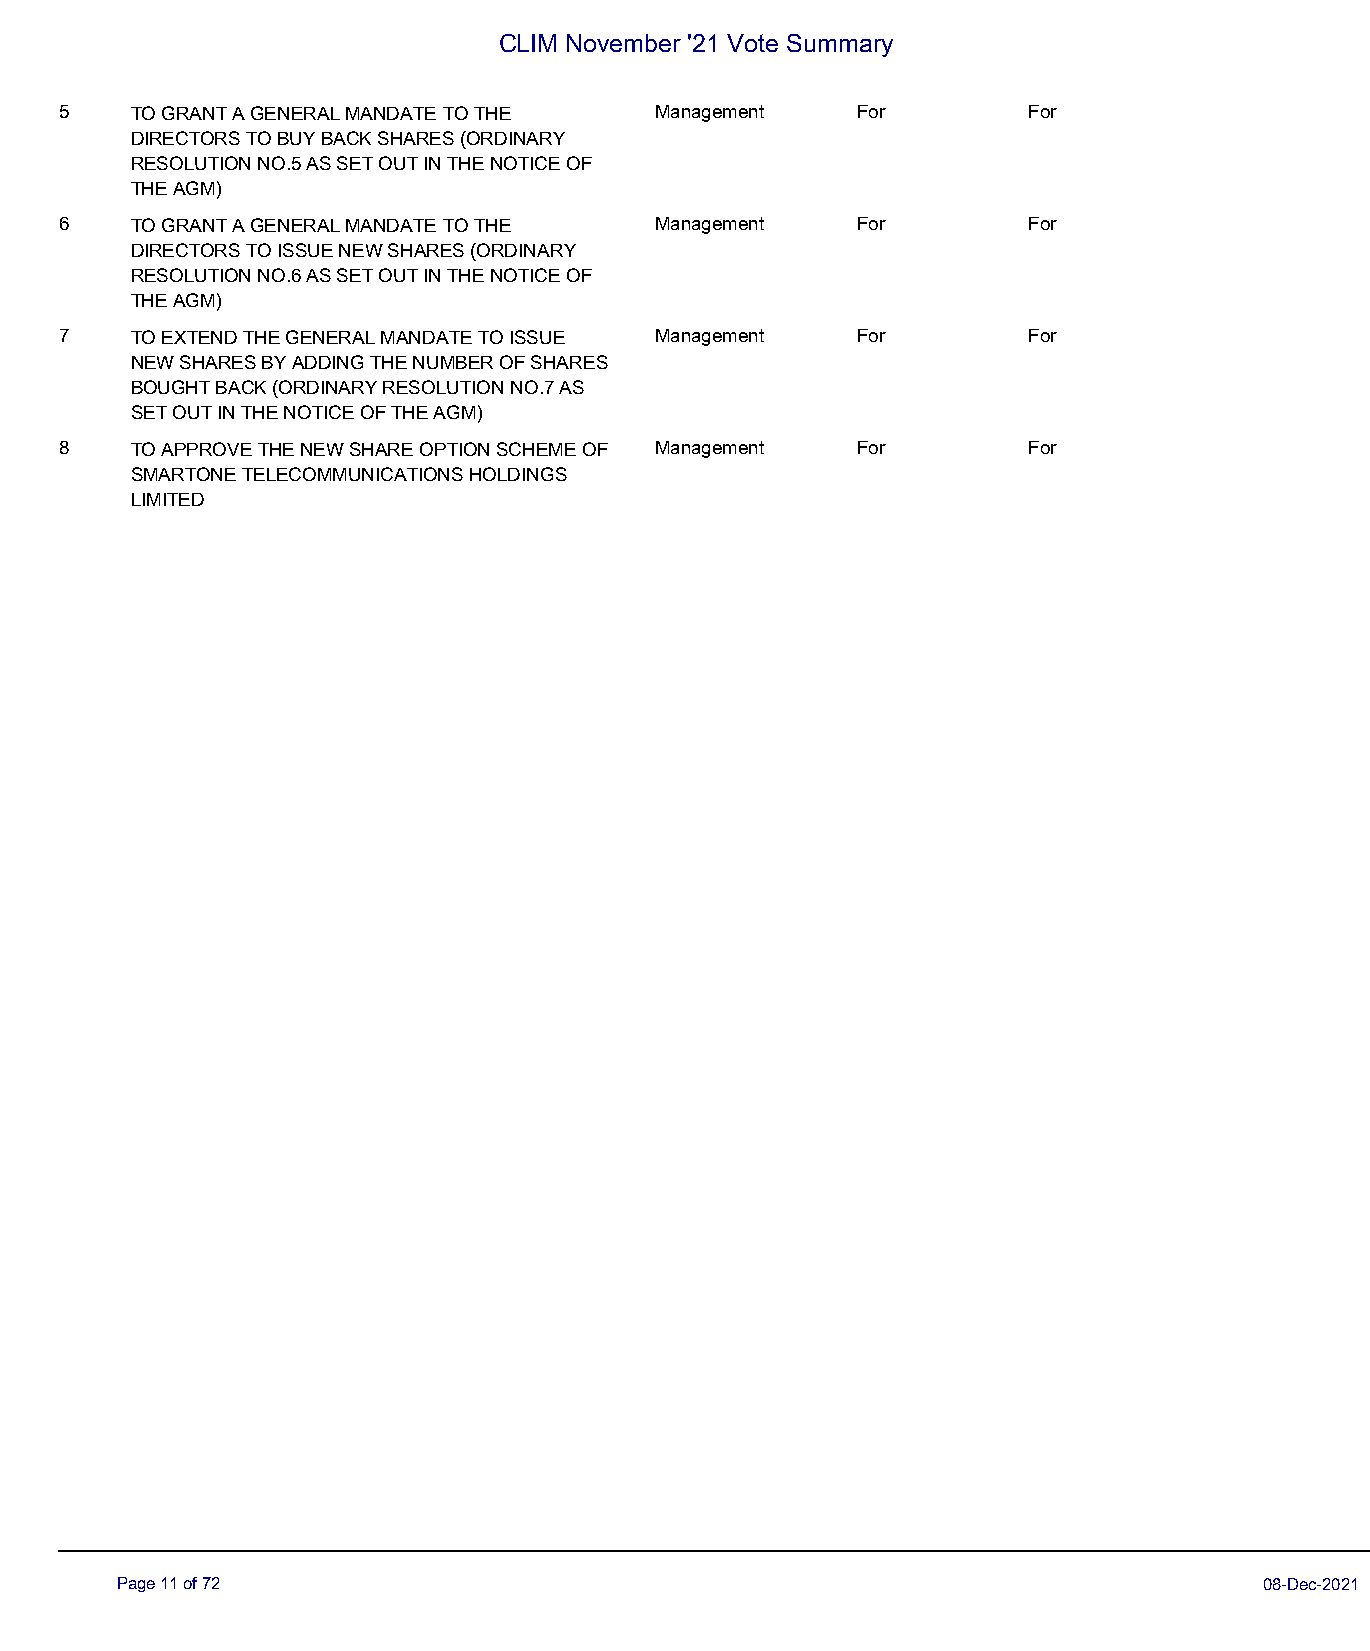
CLIM November '21 Vote Summary
 5    TO GRANT A GENERAL MANDATE TO THE Management    For        For
 DIRECTORS TO BUY BACK SHARES (ORDINARY
 RESOLUTION NO.5 AS SET OUT IN THE NOTICE OF
 THE AGM)
 6    TO GRANT A GENERAL MANDATE TO THE Management    For        For
 DIRECTORS TO ISSUE NEW SHARES (ORDINARY
 RESOLUTION NO.6 AS SET OUT IN THE NOTICE OF
 THE AGM)
 7    TO EXTEND THE GENERAL MANDATE TO ISSUE Management For      For
 NEW SHARES BY ADDING THE NUMBER OF SHARES
 BOUGHT BACK (ORDINARY RESOLUTION NO.7 AS
 SET OUT IN THE NOTICE OF THE AGM)
 8    TO APPROVE THE NEW SHARE OPTION SCHEME OF Management For   For
 SMARTONE TELECOMMUNICATIONS HOLDINGS
 LIMITED
 Page 11 of 72                                                               08-Dec-2021